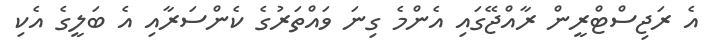
އެ ރަޖިސްޓްރީން ރާއްޖޭގައި އެންމެ ގިނަ ވައްތަރުގެ ކެންސަރާއި އެ ބަލީގެ އެކި